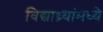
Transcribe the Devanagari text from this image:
विद्याथ्र्यांमध्ये